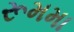
રૂમમા